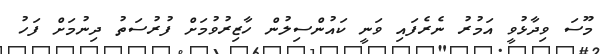
މޫސަ ވިދާޅުވީ އަމުރު ނެރެފައި ވަނީ ކައުންސިލުން ހާޒިރުވުމަށް ފުރުސަތު ދިނުމަށް ފަހު